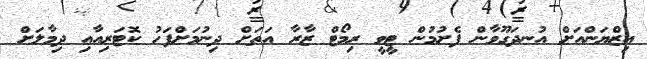
އިޒްޔަންއަށް އުނދަގޫވާން ފެށުމުން ޓީވީ ރިމޯޓް ޒާރާ އަތަށް ދިނުމަށްފަހު ކޮޓަރިއާއި ދިމާލަށް